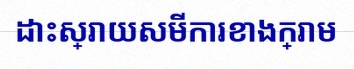
ដោះស្រាយសមីការខាងក្រោម